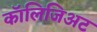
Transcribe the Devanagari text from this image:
कॉलिजिअट